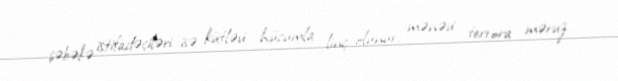
şəbəkə istifadəçiləri isə kütləvi hücumla linç olunur, mənəvi terrora məruz